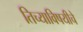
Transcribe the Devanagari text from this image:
तिच्याविषयीचे